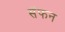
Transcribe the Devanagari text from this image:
सॅफन